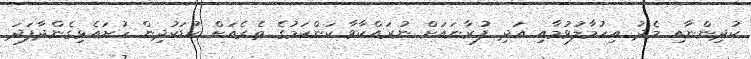
ކުދިންނާއި މެދު އިހުމާލުވުމާއި އަދި ފުރާނައަށް ނުރައްކާވާ ކަންކަމުގެ ތެރެއަށް ކުޑަކުދިން ހުށައެޅިގެންދާފަދަ